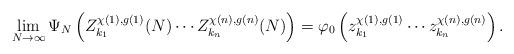
LaTeX: \begin{align*}\lim_{N \to \infty} \Psi_N\left(Z^{\chi(1), g(1)}_{k_1}(N) \cdots Z^{\chi(n), g(n)}_{k_n}(N)\right) = \varphi_0\left( z^{\chi(1), g(1)}_{k_1} \cdots z^{\chi(n), g(n)}_{k_n}\right). \end{align*}